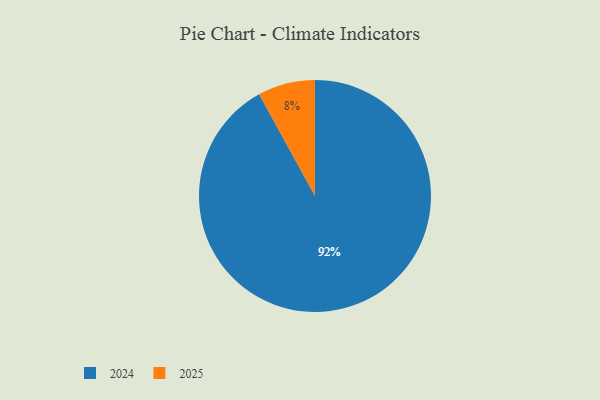
{"axis": {"x": "Category", "y": "Percentage"}, "legend": ["2024", "2025"], "data": [{"x": "2025", "y": 8, "type": "2025"}, {"x": "2024", "y": 92, "type": "2024"}]}